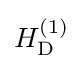
{\textstyle H_{\rm {D}}^{(1)}}